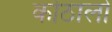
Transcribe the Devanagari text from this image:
कोठालो